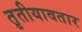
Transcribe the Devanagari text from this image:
तृतीयावतार